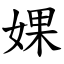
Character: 婐